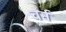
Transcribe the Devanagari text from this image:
चर्न